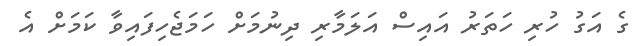
ގެ އަގު ހުރި ހަތަރު އައިސް އަލަމާރި ދިނުމަށް ހަމަޖެހިފައިވާ ކަމަށް އެ